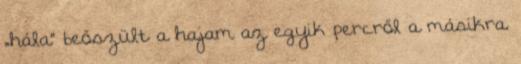
„hála” beőszült a hajam az egyik percről a másikra.